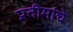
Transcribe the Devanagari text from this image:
प्रतीमांचे